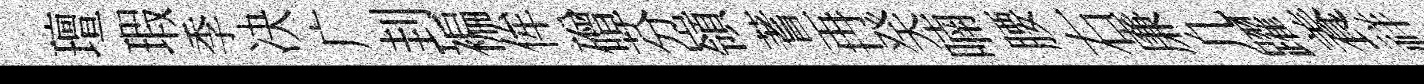
璮瑕季决广刲褊侔磳芬嶺蓍再癸喃腰右廉凢躍養祥